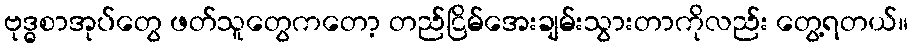
ဗုဒ္ဓစာအုပ်တွေ ဖတ်သူတွေကတော့ တည်ငြိမ်အေးချမ်းသွားတာကိုလည်း တွေ့ရတယ်။